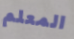
المعلم